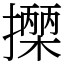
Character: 𢷡